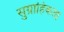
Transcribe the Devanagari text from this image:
सुग्राहिकता